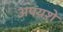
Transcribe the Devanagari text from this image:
अपयशे